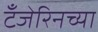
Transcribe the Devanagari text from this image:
टँजेरिनच्या